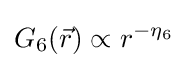
G_{6}({\vec {r}})\propto r^{-\eta _{6}}